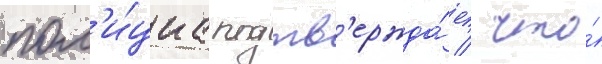
пол'и́циа подтв'ержда́ет / что́